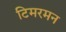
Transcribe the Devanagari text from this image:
टिमरमन